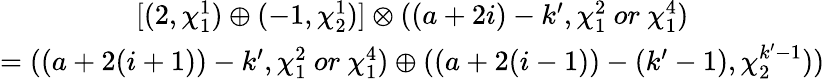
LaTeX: \begin{array}{c}{{[(2,\chi_{1}^{1})\oplus(-1,\chi_{2}^{1})]\otimes((a+2i)-k^{\prime},\chi_{1}^{2}~or~\chi_{1}^{4})}}\\ {{=((a+2(i+1))-k^{\prime},\chi_{1}^{2}~or~\chi_{1}^{4})\oplus((a+2(i-1))-(k^{\prime}-1),\chi_{2}^{k^{\prime}-1}))}}\end{array}